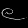
Digit: ၉